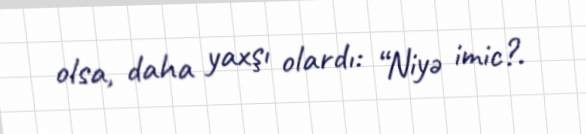
olsa, daha yaxşı olardı: “Niyə imic?.